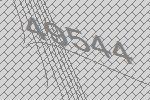
49544